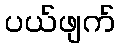
ပယ်ဖျက်